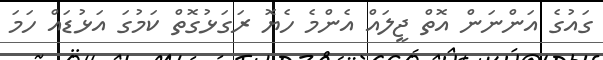
ގައުގެ އަންނަން އޮތް ޖީލައް އެންމެ ހެޔޮ ރަގަޅުގޮތް ކަމުގަ އަޅުޑައް ހަމަ